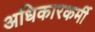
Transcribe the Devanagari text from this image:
अधिकारकर्मी